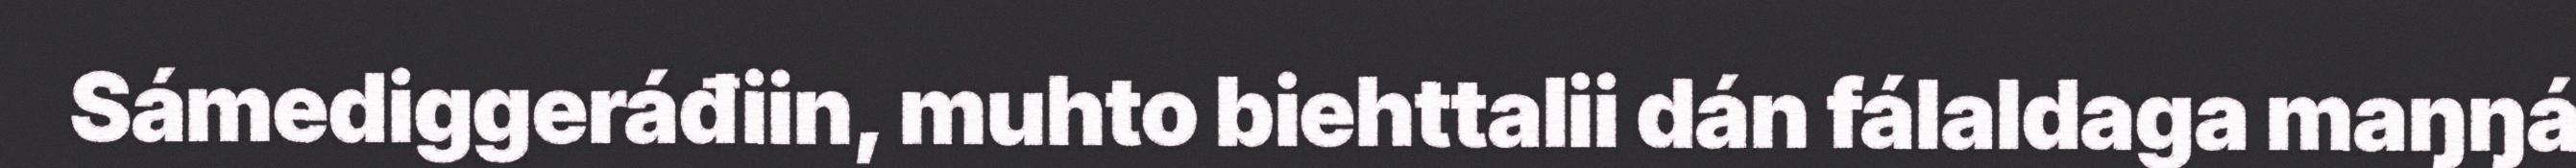
Sámediggeráđiin, muhto biehttalii dán fálaldaga maŋŋá